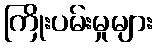
ကြိုးပမ်းမှုများ